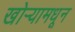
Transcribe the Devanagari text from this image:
खोर्‍यामधून